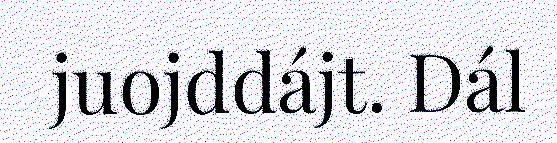
juojddájt. Dál